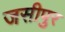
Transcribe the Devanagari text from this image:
जसीपुर